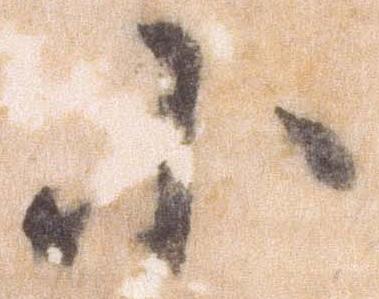
小